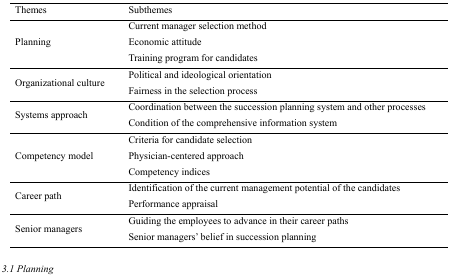
| Themes | Subthemes |
 | --- | --- |
 | <ROWSPAN=3> Planning | Current manager selection method |
 | Economic attitude |
 | Training program for candidates |
 | <ROWSPAN=2> Organizational culture | Political and ideological orientation |
 | Fairness in the selection process |
 | <ROWSPAN=2> Systems approach | Coordination between the succession planning system and other processes |
 | Condition of the comprehensive information system |
 | <ROWSPAN=3> Competency model | Criteria for candidate selection |
 | Physician-centered approach |
 | Competency indices |
 | <ROWSPAN=2> Career path | Identification of the current management potential of the candidates |
 | Performance appraisal |
 | <ROWSPAN=2> Senior managers | Guiding the employees to advance in their career paths |
 | Senior managers’ belief in succession planning |